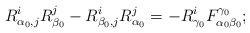
\begin{align*}R^i_{\alpha_0, j} R^j_{\beta_0} -R^i_{\beta_0, j} R^j_{\alpha_0} = - R^i_{\gamma_0} F^{\gamma_0}_{\alpha_0 \beta_0};\end{align*}